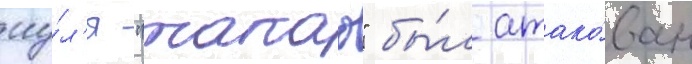
иу́л'я "такао" бы́л атако́ван